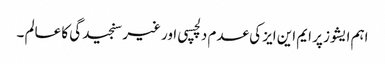
اہم ایشوز پر ایم این ایز کی عدم دلچسپی اور غیر سنجیدگی کا عالم ۔